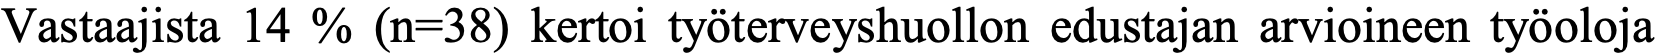
Vastaajista 14 % (n=38) kertoi työterveyshuollon edustajan arvioineen työoloja